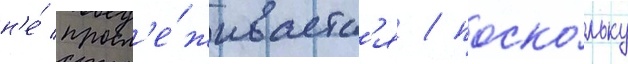
н'е́ просл'е́живаетс'я / поско́льку